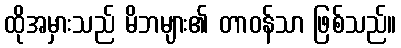
ထိုအမှားသည် မိဘများ၏ တာဝန်သာ ဖြစ်သည်။